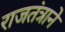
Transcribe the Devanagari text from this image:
राजतंत्राने